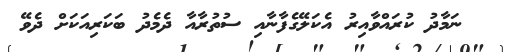
ނަމާދު ކުރައްވާއިރު އެކަލޭގެފާނާއި ސުތުރާއާ ދެމެދު ބަކަރިއަކަށް ދެވޭ